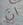
ان